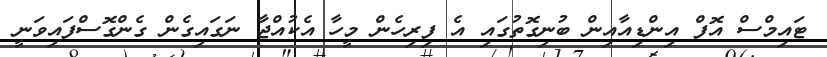
ޓައިމްސް އޮފް އިންޑިއާއިން ބުނިގޮތުގައި އެ ފިރިހެން މީހާ އެކުއްޖާ ނަގައިގެން ގެންގޮސްފައިވަނީ